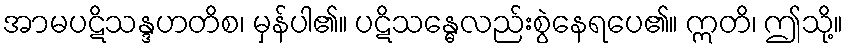
အာမပဋိသန္ဒဟတိစ၊ မှန်ပါ၏။ ပဋိသန္ဓေလည်းစွဲနေရပေ၏။ ဣတိ၊ ဤသို့။